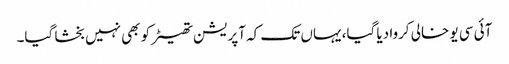
آئی سی یو خالی کروا دیا گیا، یہاں تک کہ آپریشن تھیٹر کو بھی نہیں بخشا گیا۔